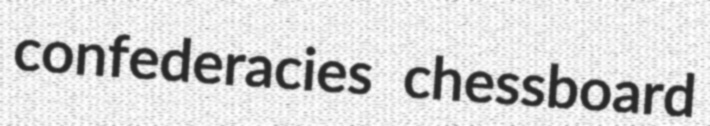
confederacies chessboard